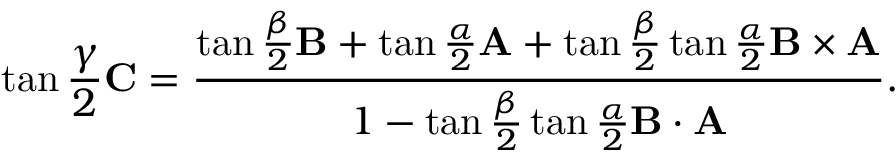
\tan { \frac { \gamma } { 2 } } \mathbf { C } = { \frac { \tan { \frac { \beta } { 2 } } \mathbf { B } + \tan { \frac { \alpha } { 2 } } \mathbf { A } + \tan { \frac { \beta } { 2 } } \tan { \frac { \alpha } { 2 } } \mathbf { B } \times \mathbf { A } } { 1 - \tan { \frac { \beta } { 2 } } \tan { \frac { \alpha } { 2 } } \mathbf { B } \cdot \mathbf { A } } } .